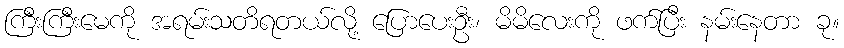
ကြီးကြီးမေကို အရမ်းသတိရတယ်လို့ ပြောပေးဦး၊ မိမိလေးကို ဖက်ပြီး နမ်းနေတာ ခု။